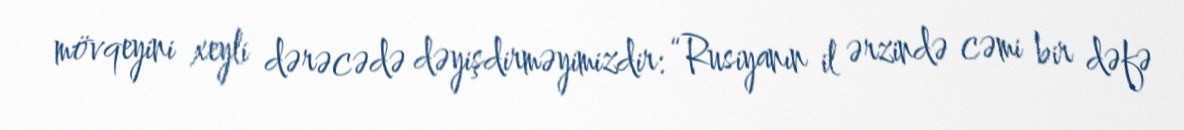
mövqeyini xeyli dərəcədə dəyişdirməyimizdir: “Rusiyanın il ərzində cəmi bir dəfə